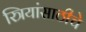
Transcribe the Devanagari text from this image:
स्त्रियांसाठीचे